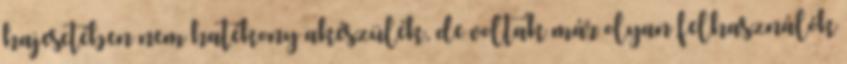
hajesetében nem hatékony akészülék, de voltak már olyan felhasználók